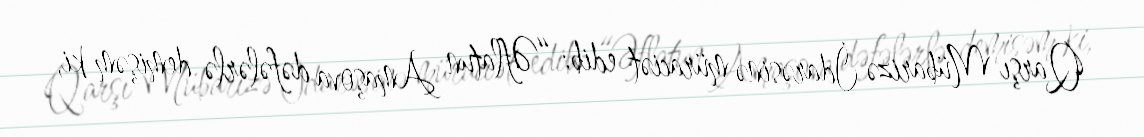
Qarşı Mübarizə İdarəsinə müraciət edib: “Əflatun Amaşova dəfələrlə demişəm ki,